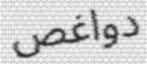
دواغص